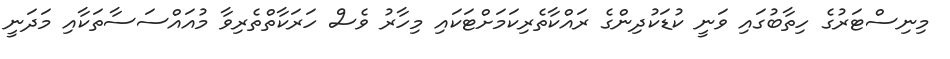
މިނިސްޓަރުގެ ހިތާބުގައި ވަނީ ކުޑަކުދިންގެ ރައްކާތެރިކަމަށްޓަކައި މިހާރު ވެސް ހަރަކާތްތެރިވާ މުއައްސަސާތަކާއި މަދަނީ